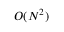
O ( N ^ { 2 } )